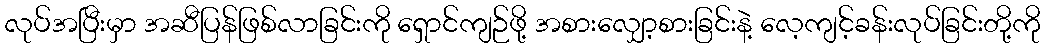
လုပ်အပြီးမှာ အဆီပြန်ဖြစ်လာခြင်းကို ရှောင်ကျဉ်ဖို့ အစားလျှော့စားခြင်းနဲ့ လေ့ကျင့်ခန်းလုပ်ခြင်းတို့ကို